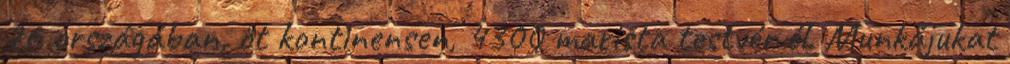
76 országában, öt kontinensen, 4300 marista testvér él. Munkájukat